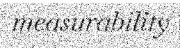
measurability